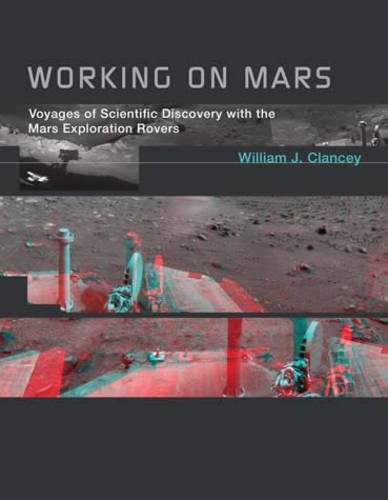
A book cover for Working on Mars: Voyages of Scientific Discovery with the Mars Exploration Rovers; William J. Clancey; Science & Math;